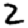
Digit: 2